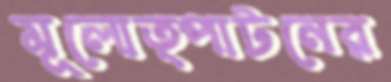
মূলোত্পাটনের